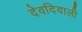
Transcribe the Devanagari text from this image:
देवदिवाली